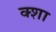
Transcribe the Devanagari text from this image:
क्शा